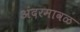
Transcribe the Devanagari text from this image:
अंदरमावळ